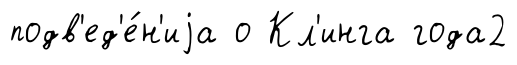
подв'ед'е́н'иjа о Кл'инга года2